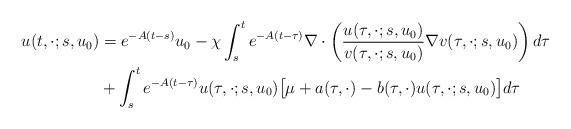
LaTeX: \begin{align*}u(t,\cdot;s,u_0) &= e^{-A(t-s) } u_0 -\chi \int_s^t e^{ -A(t-\tau) } \nabla \cdot \left(\frac{u(\tau,\cdot;s,u_0)}{v(\tau,\cdot;s,u_0)} \nabla v(\tau,\cdot;s,u_0) \right) d\tau\\ &+ \int_s^t e^{ -A(t-\tau)} u(\tau,\cdot;s,u_0)\big[{ \mu}+a(\tau,\cdot)-b(\tau,\cdot)u(\tau,\cdot;s,u_0)\big] d\tau\end{align*}